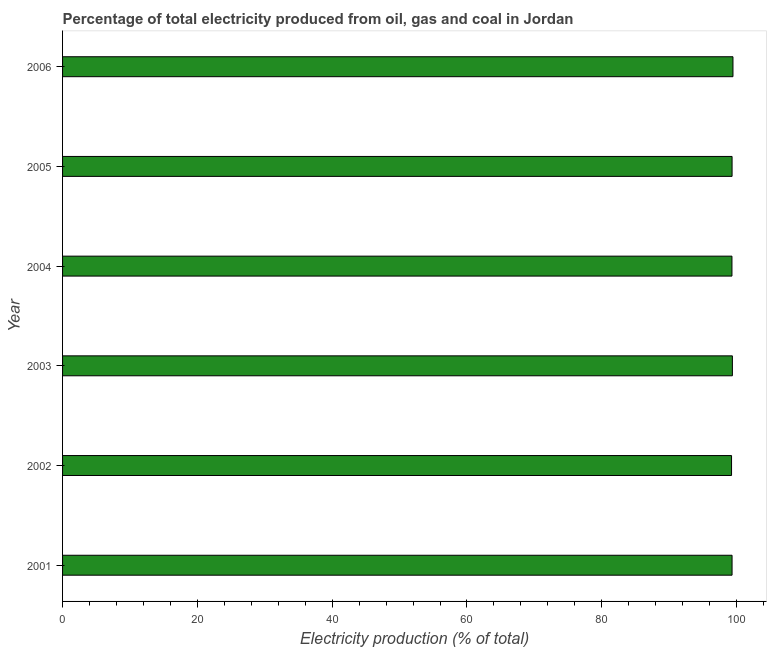
| Year | Electricity production |
 | --- | --- |
 | 2001 | 99.3 |
 | 2002 | 99.2 |
 | 2003 | 99.4 |
 | 2004 | 99.3 |
 | 2005 | 99.3 |
 | 2006 | 99.5 |